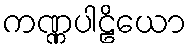
ကဏ္ဏပါဠိယော